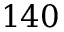
1 4 0